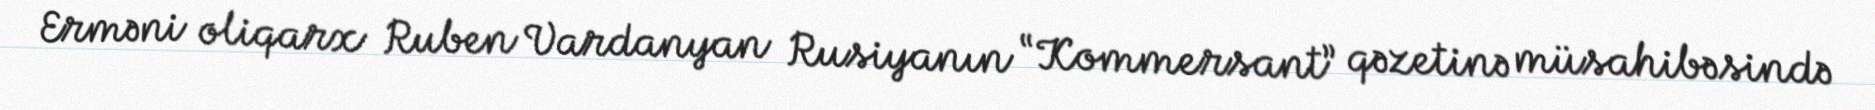
Erməni oliqarx Ruben Vardanyan Rusiyanın “Kommersant” qəzetinə müsahibəsində